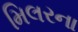
મિલરના